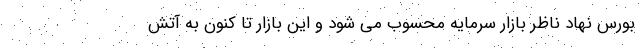
بورس نهاد ناظر بازار سرمایه محسوب می شود و این بازار تا کنون به آتش